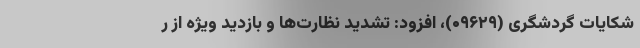
شکایات گردشگری (۰۹۶۲۹)، افزود: ‌تشدید نظارت‌ها و بازدید ویژه از ر